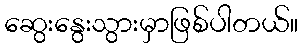
ဆွေးနွေးသွားမှာဖြစ်ပါတယ်။